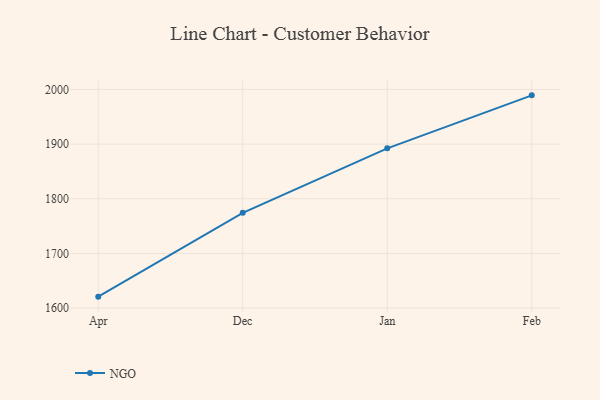
{"axis": {"x": "Month", "y": "Conversion Rate (%)"}, "legend": ["NGO"], "data": [{"x": "Apr", "y": 1620.9, "type": "NGO"}, {"x": "Dec", "y": 1774.3, "type": "NGO"}, {"x": "Jan", "y": 1892.3, "type": "NGO"}, {"x": "Feb", "y": 1989.2, "type": "NGO"}]}